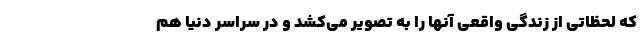
که لحظاتی از زندگی واقعی آنها را به تصویر می‌کشد و در سراسر دنیا هم